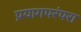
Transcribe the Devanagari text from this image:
प्रयागपरंपरा